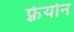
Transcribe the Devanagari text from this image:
फ़्रेयोन